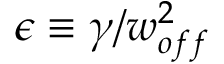
\epsilon \equiv \gamma / w _ { o f f } ^ { 2 }